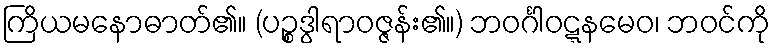
ကြိယမနောဓာတ်၏။ (ပဉ္စဒွါရာဝဇ္ဇန်း၏။) ဘဝင်္ဂါဝဋ္ဋနမေဝ၊ ဘဝင်ကို